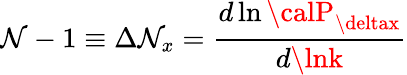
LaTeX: \mathcal{N}-1\equiv\Delta\mathcal{N}_{x}={\frac{{d\ln{\calP}_{\deltax}}}{{d\lnk}}}